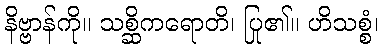
နိဗ္ဗာန်ကို။ သစ္ဆိကရောတိ၊ ပြု၏။ ဟိသစ္စံ၊